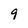
Character: 9